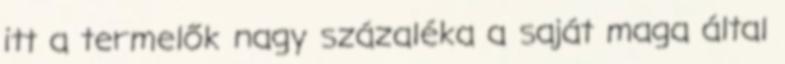
itt a termelők nagy százaléka a saját maga által